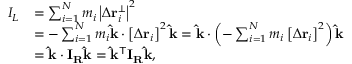
{ \begin{array} { r l } { I _ { L } } & { = \sum _ { i = 1 } ^ { N } m _ { i } \left| \Delta \mathbf { r } _ { i } ^ { \perp } \right| ^ { 2 } } \\ & { = - \sum _ { i = 1 } ^ { N } m _ { i } \mathbf { \hat { k } } \cdot \left[ \Delta \mathbf { r } _ { i } \right] ^ { 2 } \mathbf { \hat { k } } = \mathbf { \hat { k } } \cdot \left( - \sum _ { i = 1 } ^ { N } m _ { i } \left[ \Delta \mathbf { r } _ { i } \right] ^ { 2 } \right) \mathbf { \hat { k } } } \\ & { = \mathbf { \hat { k } } \cdot \mathbf { I } _ { \mathbf { R } } \mathbf { \hat { k } } = \mathbf { \hat { k } } ^ { \mathsf { T } } \mathbf { I } _ { \mathbf { R } } \mathbf { \hat { k } } , } \end{array} }